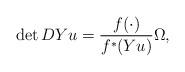
LaTeX: \begin{align*} \det DYu = \frac{f(\cdot)}{f^*(Yu)} \Omega,\end{align*}